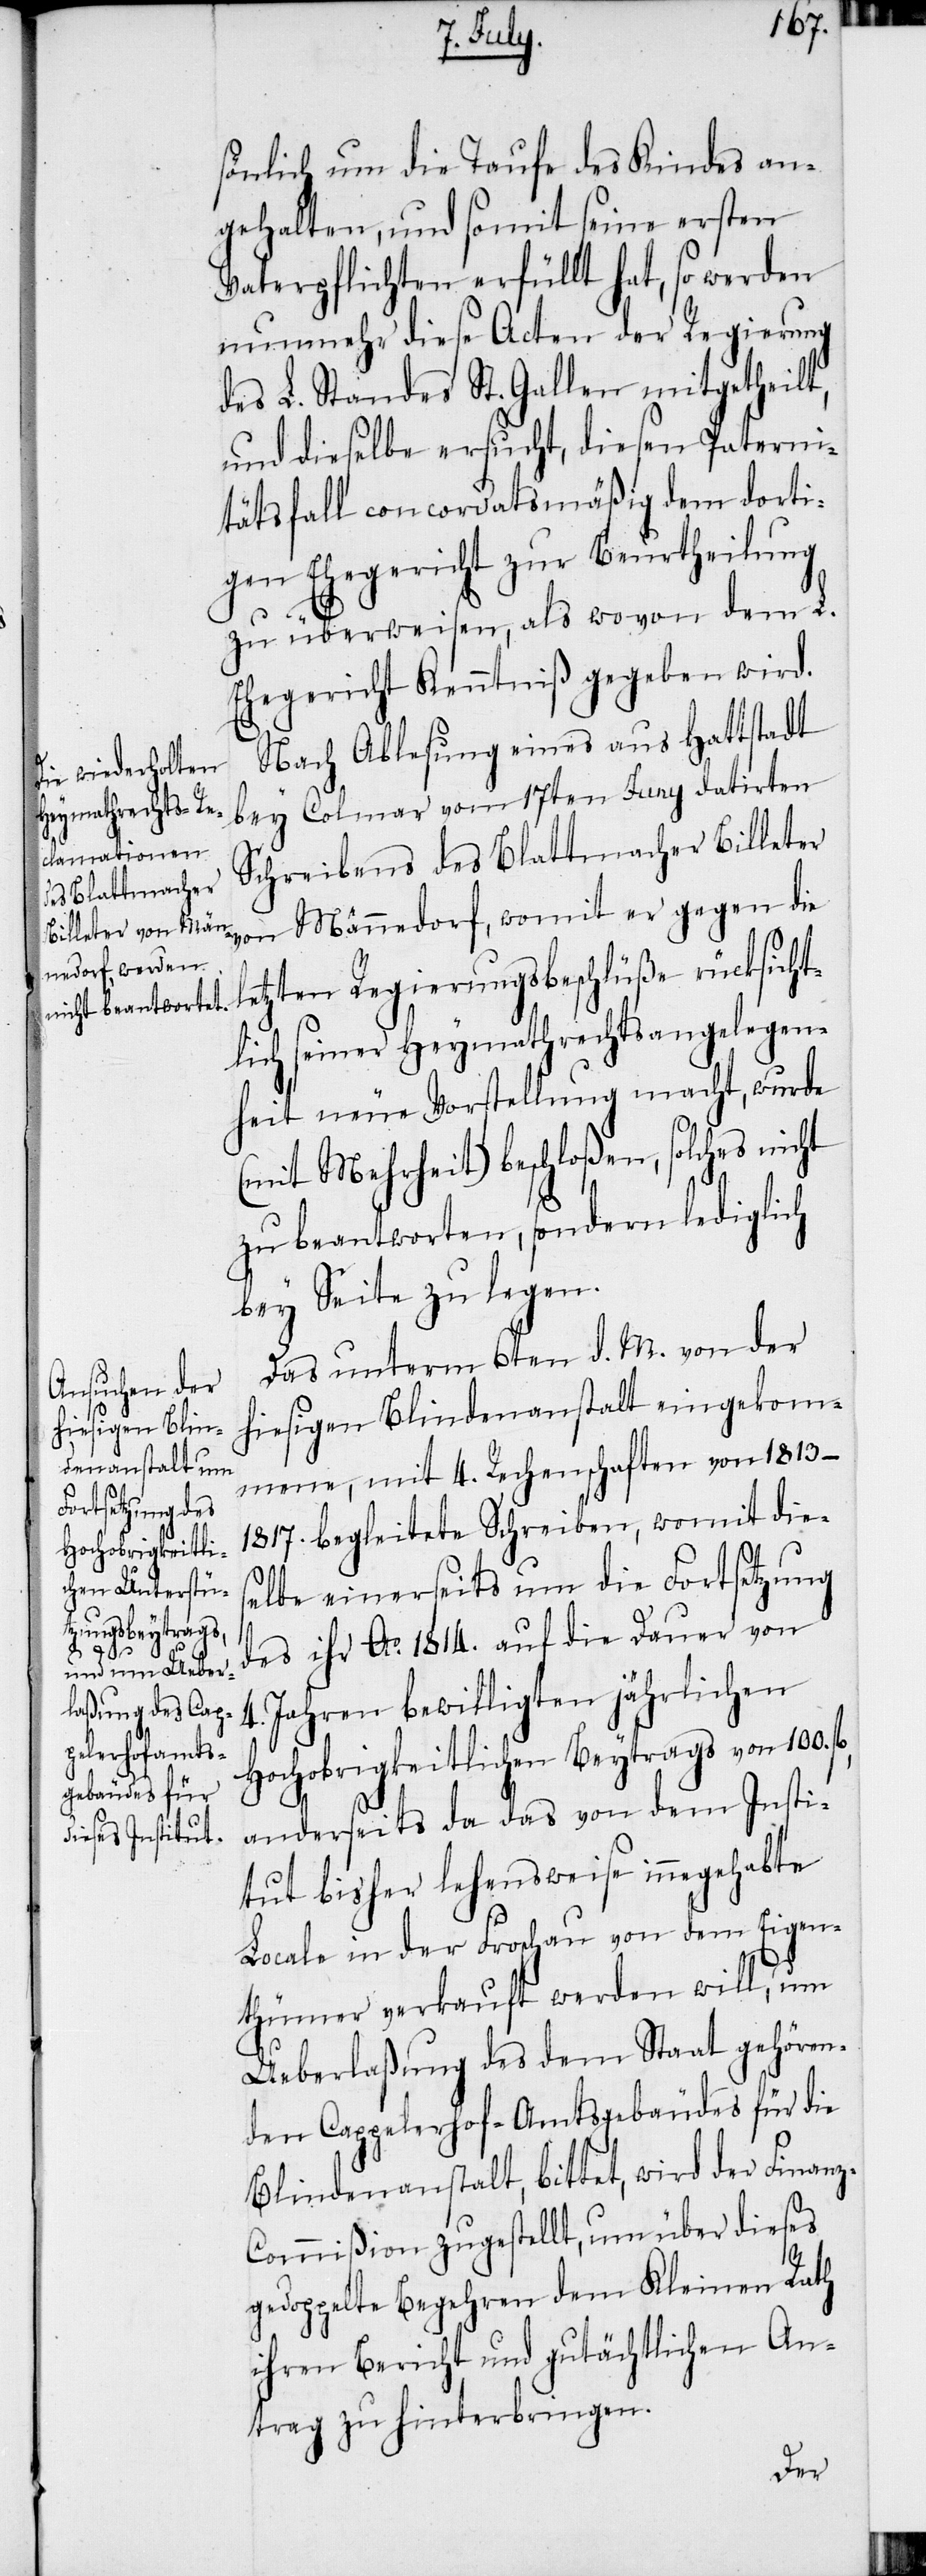
z-C¬

sönlich um die Taufe des Kindes an¬
gehalten, und somit seine ersten
Vaterpflichten erfüllt hat, so werden
nunmehr diese Acten der Regierung
des L. Standes St. Gallen mitgetheilt,
und dieselbe ersucht, diesen Paterni¬
tätsfall concordatsmäßig dem dorti¬
gen Ehegericht zur Beurtheilung
zu überweisen, als wovon dem L.
Ehegericht Kenntniß gegeben wird.
Nach Ablesung eines aus Hattstadt
bey Colmar vom 17ten Juny datirten
Schreibens des Blattmacher Billeter
von Männedorf, womit er gegen die
letzten Regierungsbeschlüße rücksicht¬
lich seiner Heymathrechtsangelegen¬
heit neue Vorstellung macht, wurde
(mit Mehrheit) beschloßen, solches nicht
zu beantworten, sondern lediglich
bey Seite zu legen.
Das unterm 6ten d. M. von der
hiesigen Blindenanstalt eingekom¬
mene, mit 4. Rechenschaften von
begleitete Schreiben, womit die¬
selbe einerseits um die Fortsetzung
des ihr Ao. 1814. auf die Dauer von
4. Jahren bewilligten jährlichen
Hochobrigkeitlichen Beytrags von 100.
anderseits da das von dem Insti¬
tut bisher lehensweise inngehabte
Locale in der Froschau von dem Eigen¬
thümer verkauft werden will, um
Ueberlaßung des dem Staat gehören¬
den Cappelerhof-Amtsgebäudes für die
Blindenanstalt, bittet, wird der Finan¬
ommißion zugestellt, um über dieses
gedoppelte Begehren dem Kleinen Rath
ihren Bericht und gutächtlichen An¬
trag zu hinterbringen.